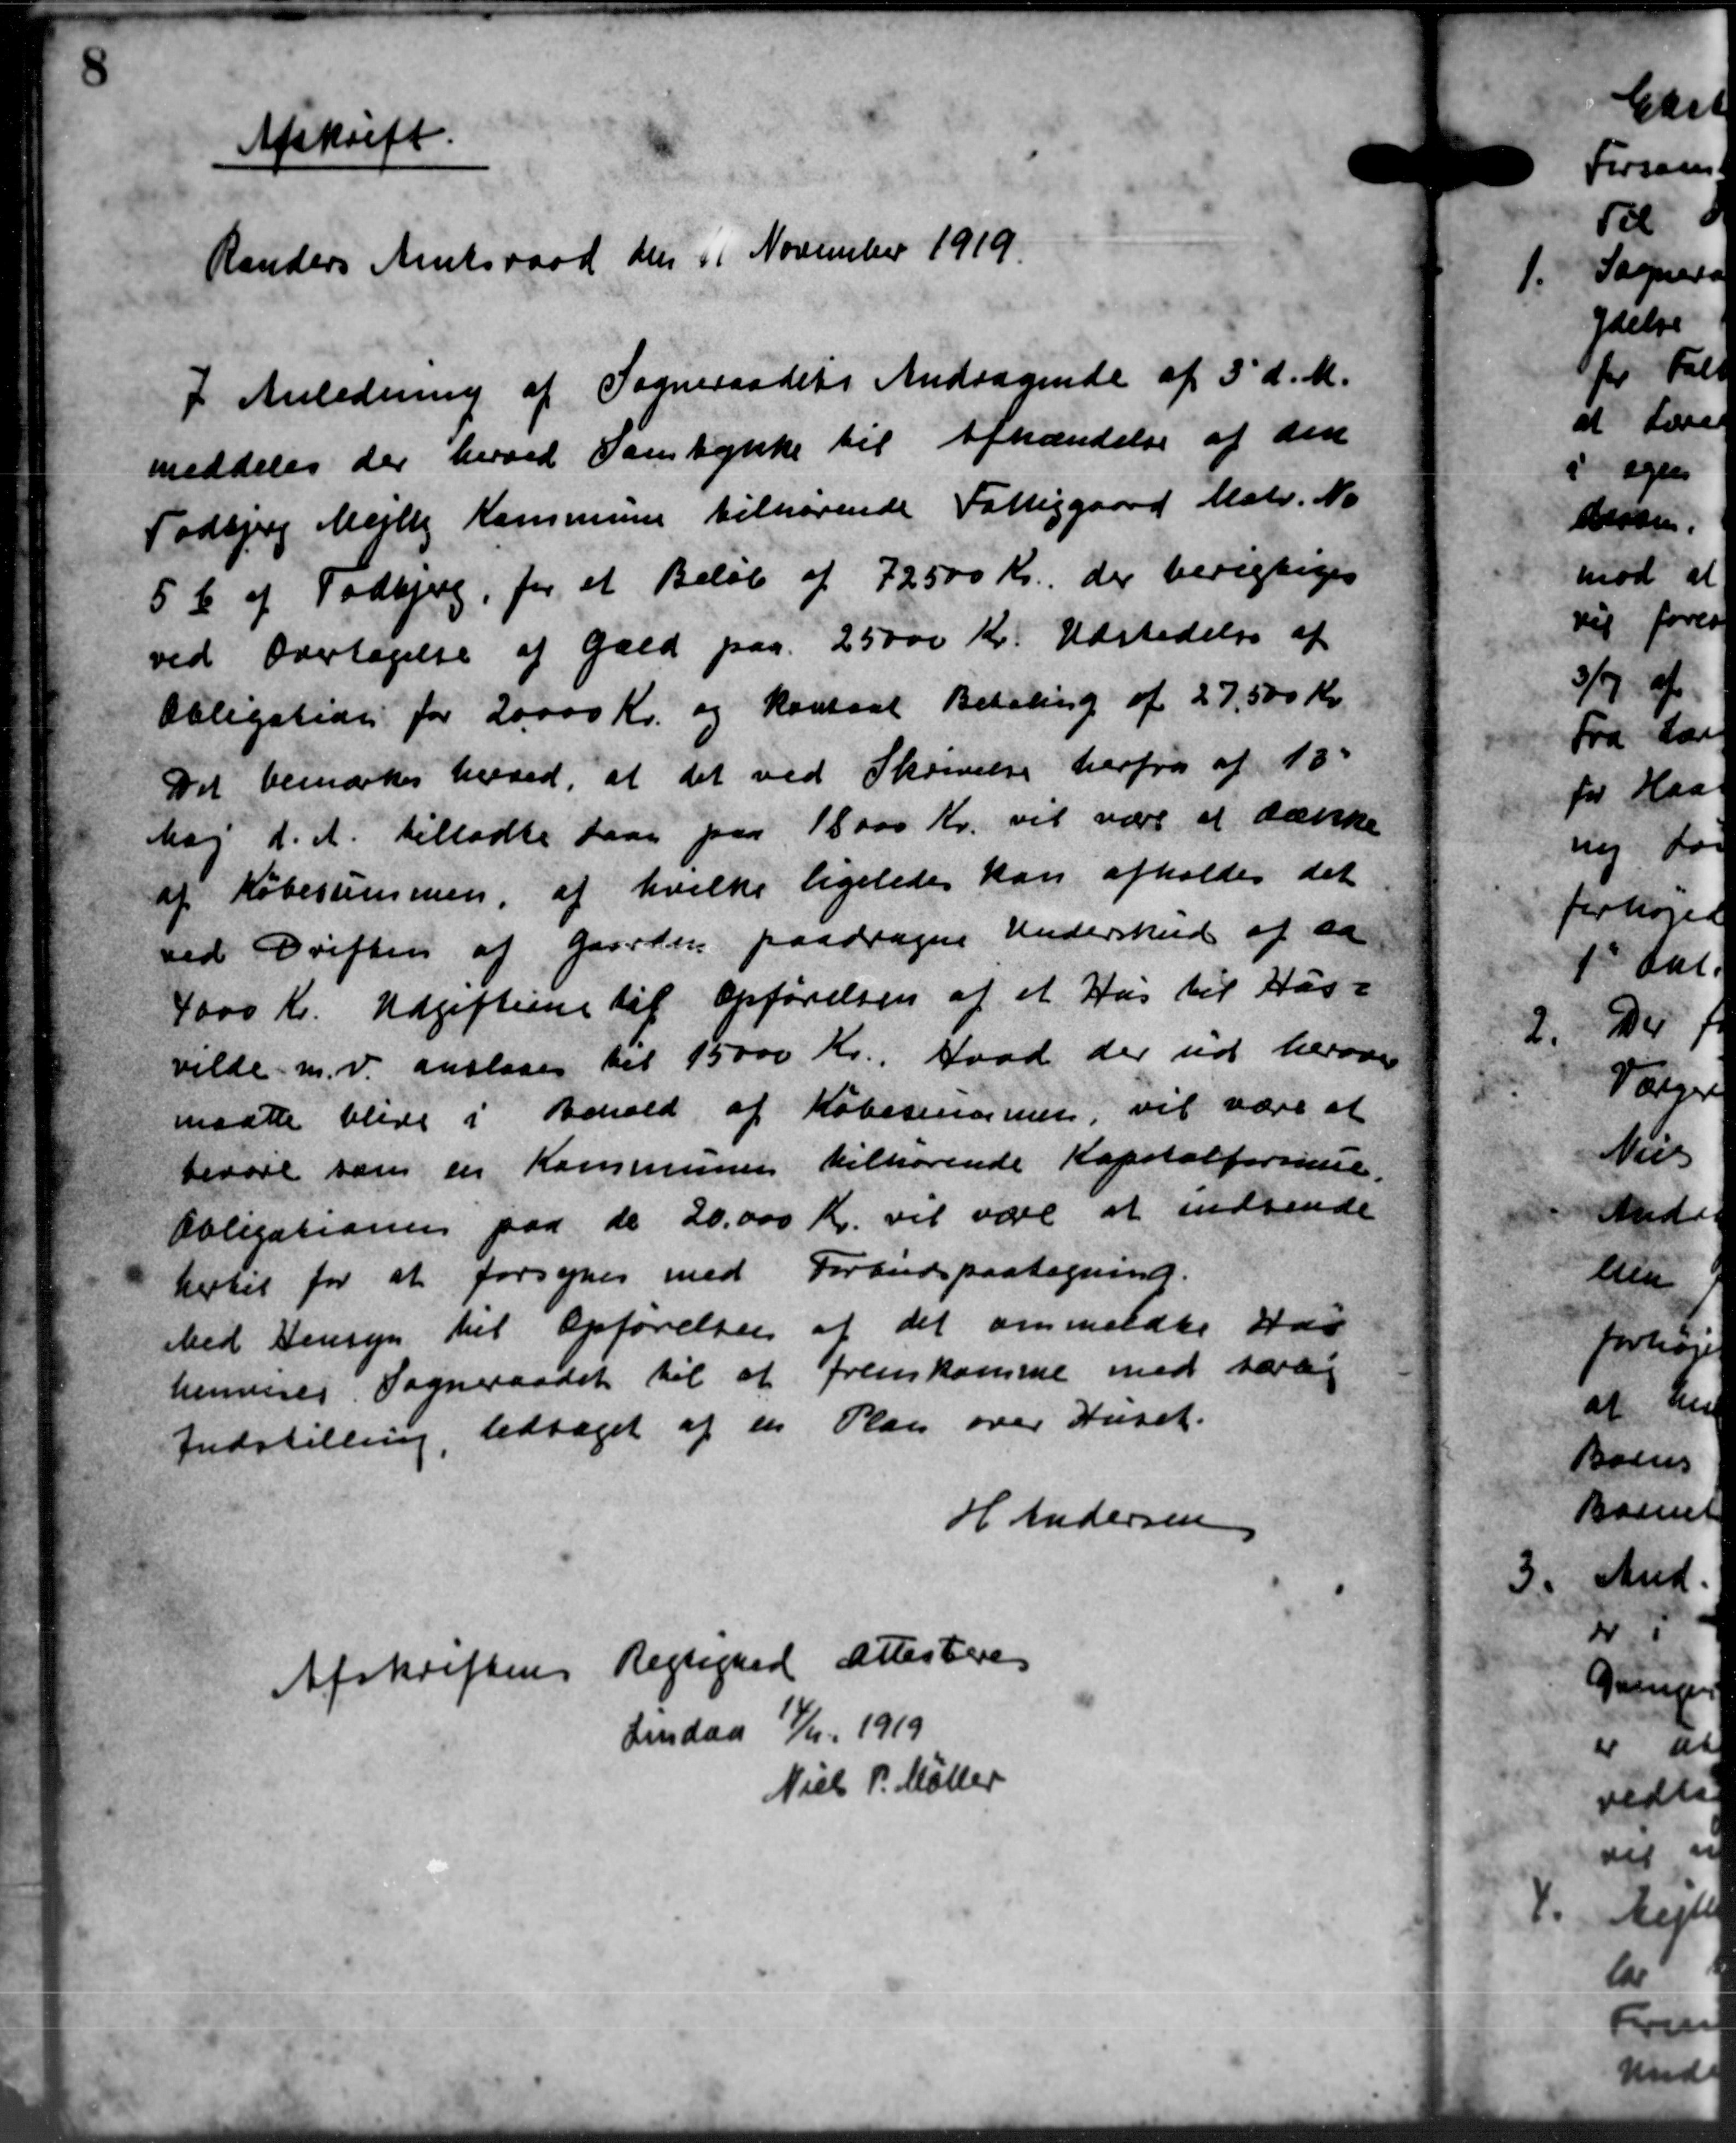
Transskription:
Afskrift.
Randers Amtsraad den 11 November 1919.
I Anledning af Sogneraadets Andragende af 3' d. M.
meddeles der herved Samtykke til Afhændelse af den
Todbjerg Mejlby Kommune tilhørende Fattiggaard Matr. No
5 b af Todbjerg, for et Beløb af 72500 Kr., der berigtiges
ved Overtagelse af Gæld paa 25000 Kr. Udstedelse af
Obligatide for 20.000 Kr. og Kontral Betaling af 27.500 Kr.
Det bemærkes herved, at det ved Skrivelse herfra af 18.
Maj d. A. tilladte Laan paa 18000 Kr. vil være at særske
af Købesummen af hvilke ligeledes kan afholdes det
ved Driften af Gaarden paadragere Underskud af sa
4000 Kr. Udgifterne til Opførelsen af et Hus til Has-
vilde m.v. anslaaes til 15000 Kr. Hvad der ud herover
maatte blive i Behold af Købesingning, vil være at
berøre som en Kommunen tilhørende Kapitalformue.
Obligationen paa de 20.000 Kr. vil være at indsende
hertil for at forsynes med Forbudspaategnend.
med Hensyn til Opførelsen af det anmeldte Has
henvises Sogneraadet til at fremkomme med saad
Indstilling, vedtaget af en Plan over Huset.
H Andersen
Afskriftens Regnegaard Attesteres
Tirsdag 17/11 1919
Niels P. Møller